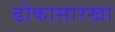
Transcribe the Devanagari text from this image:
ढोकासारखा